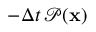
- \Delta t \, \mathcal { P } ( \mathbf { x } )